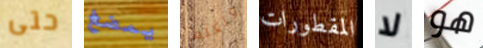
حتى يمضغ وتكلم المقطورات لا هو